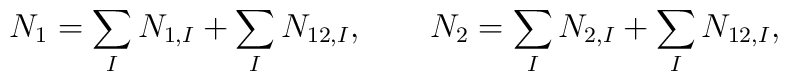
N_1 = \sum_IN_{1,I}+\sum_IN_{12,I},\qquad  N_2 = \sum_IN_{2,I}+\sum_IN_{12,I},